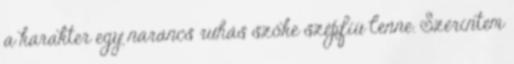
a karakter egy narancs ruhás szőke szépfiú lenne. Szerintem